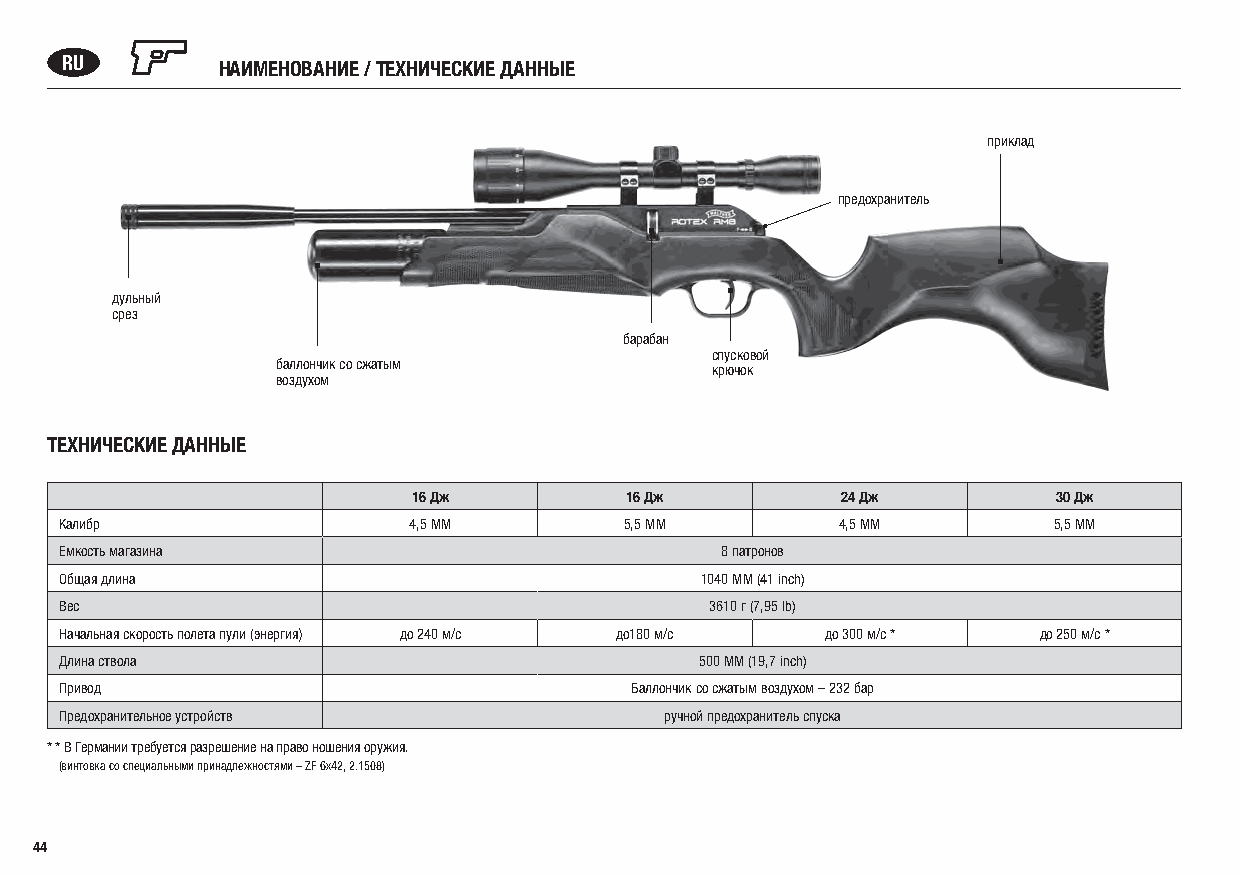
RU        НАИМЕНОВАНИЕ / ТЕХНИЧЕСКИЕ ДАННЫЕ
 приклад
 предохранитель
 дульный
 срез
 барабан
 спусковой
 баллончик со сжатым
 крючок
 воздухом
 ТЕХНИЧЕСКИЕ ДАННЫЕ
 16 Дж         16 Дж          24 Дж         30 Дж
 Калибр                 4,5 MM        5,5 MM        4,5 MM         5,5 MM
 Емкость магазина                            8 патронов
 Общая длина                               1040 MM (41 inch)
 Вес                                        3610 г (7,95 lb)
 Начальная скорость полета пули (энергия) до 240 м/с до180 м/с до 300 м/с * до 250 м/с *
 Длина ствола                              500 MM (19,7 inch)
 Привод                                Баллончик со сжатым воздухом – 232 бар
 Предохранительное устройств             ручной предохранитель спуска
 * * В Германии требуется разрешение на право ношения оружия.
 (винтовка со специальными принадлежностями – ZF 6x42, 2.1508)
 44